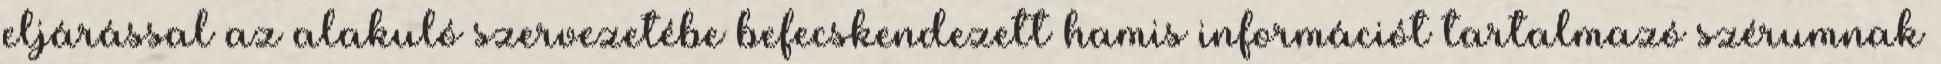
eljárással az alakuló szervezetébe befecskendezett hamis információt tartalmazó szérumnak